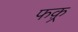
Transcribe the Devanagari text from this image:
फक़्र